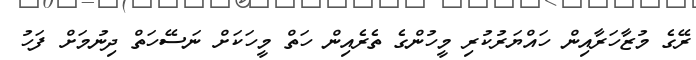
ރޭގެ މުޒާހަރާއިން ހައްޔަރުކުރި މީހުންގެ ތެރެއިން ހަތް މީހަކަށް ނަސޭހަތް ދިނުމަށް ފަހު